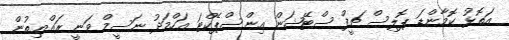
އަތޮޅު ކޮމާންޑަ ޕޮލިސް ޗީފް ސްޓޭޝަން އިންސްޕެކްޓަ އަހްމަދު ނަސީމް ވަނީ ރައްޔިތުން